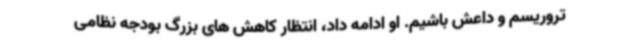
تروریسم و داعش باشیم. او ادامه داد، انتظار کاهش های بزرگ بودجه نظامی